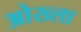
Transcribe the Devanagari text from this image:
ओख्ला